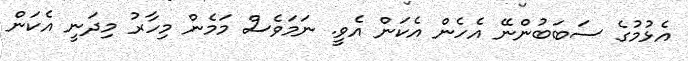
އެޅުމުގެ ސަބަބުންނޭ އެހެން އެކަން އެވީ. ނަމަވެސް މަމެން މިހާރު މިދަނީ އެކަން